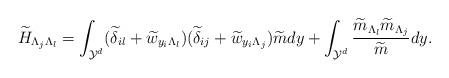
LaTeX: \begin{align*} \widetilde{H}_{\Lambda_j\Lambda_l}=\int_{\mathcal{Y}^d}(\widetilde{\delta}_{il}+\widetilde{w}_{y_i\Lambda_l} ) (\widetilde{\delta}_{ij}+\widetilde{w}_{y_i\Lambda_j})\widetilde{m}dy+\int_{\mathcal{Y}^d}\frac{\widetilde{m}_{\Lambda_l}\widetilde{m}_{\Lambda_j}}{\widetilde{m}}dy. \end{align*}